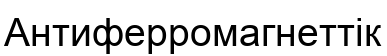
Антиферромагнеттік